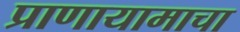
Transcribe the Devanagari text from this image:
प्राणायामाचा